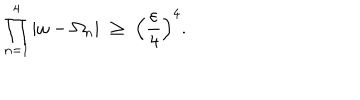
LaTeX: \prod _ { n = 1 } ^ { 4 } | \omega - \Omega _ { n } | \; \geq \; \left( \frac { \varepsilon } { 4 } \right) ^ { 4 } .